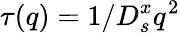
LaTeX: \tau(q)=1/D_{s}^{x}q^{2}